Indian journal of veterinary science and animal husbandry - Volume 11,
Year: 1941
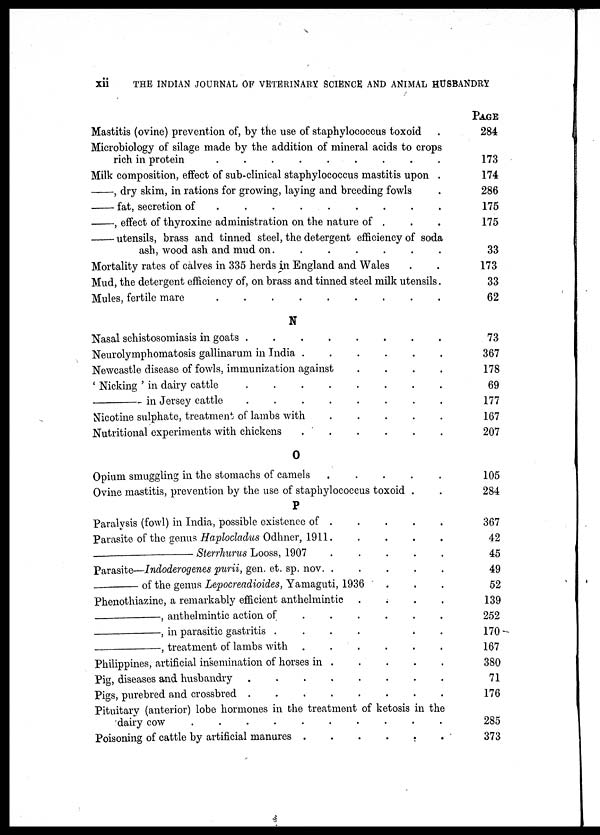
xii
THE INDIAN JOURNAL OF VETERINARY SCIENCE AND ANIMAL HUSBANDRY
Mastitis (ovine) prevention of, by the use of staphylococcus toxoid .
Microbiology of silage made by the addition of mineral acids to crops
rich in protein
.
.
.
.
.
.
.
.
.
Milk composition, effect of sub-clinical staphylococcus mastitis upon .
—, dry skim, in rations for growing, laying and breeding fowls .
— fat, secretion of
.
.
.
.
.
.
.
.
.
—, effect of thyroxine administration on the nature of . . .
— utensils, brass and tinned steel, the detergent efficiency of soda
ash, wood ash and mud on . . . . . . .
Mortality rates of calves in 335 herds in England and Wales . .
Mud, the detergent efficiency of, on brass and tinned steel milk utensils.
Mules, fertile mare
.
.
.
.
.
.
.
.
.
N
Nasal schistosomiasis in goats
.
.
.
.
.
.
.
.
Neurolymphomatosis gallinarum in India
.
.
.
.
.
.
Newcastle disease of fowls, immunization against . . . .
' Nicking ' in dairy cattle . . . . . . . .
—
in Jersey cattle . . . . . . . .
Nicotine sulphate, treatment of lambs with . . . . .
Nutritional experiments with chickens . . . . . .
O
Opium smuggling in the stomachs of camels
.
.
.
.
.
Ovine mastitis, prevention by the use of staphylococcus toxoid . .
P
Paralysis (fowl) in India, possible existence of . . . . .
Parasite of the genus Haplocladus Odhner, 1911 . . . . .
—
Sterrhurus Looss, 1907 . . . . .
Parasite—Indoderogenes purii, gen. et. sp. nov. . . . . .
—
of the genus Lepocreadioides, Yamaguti, 1936 . . .
Phenothiazine, a remarkably efficient anthelmintic . . . .
—,
anthelmintic action of . . . . . .
—,
in parasitic gastritis . . . . . . .
—,
treatment of lambs with
.
.
.
.
.
.
Philippines, artificial insemination of horses in . . . . .
Pig, diseases and husbandry
.
.
.
.
.
.
.
.
Pigs, purebred and crossbred . . . . . . . .
Pituitary (anterior) lobe hormones in the treatment of ketosis in the
dairy cow . . . . . . . . . .
Poisoning of cattle by artificial manures
.
.
.
.
.
.
PAGE
284
173
174
286
175
175
33
173
33
62
73
367
178
69
177
167
207
105
284
367
42
45
49
52
139
252
170
167
380
71
176
285
373